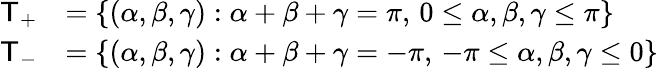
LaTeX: \begin{array}{rl}{{\sf{T}}_{+}}&{=\left\{ (\alpha,\beta,\gamma):\alpha+\beta+\gamma=\pi,\, 0\leq\alpha,\beta,\gamma\leq\pi\right\} }\\ {{\sf{T}}_{-}}&{=\left\{ (\alpha,\beta,\gamma):\alpha+\beta+\gamma=-\pi,\, -\pi\leq\alpha,\beta,\gamma\leq 0\right\} }\end{array}